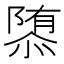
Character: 𮥠